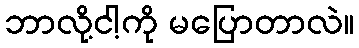
ဘာလို့ငါ့ကို မပြောတာလဲ။